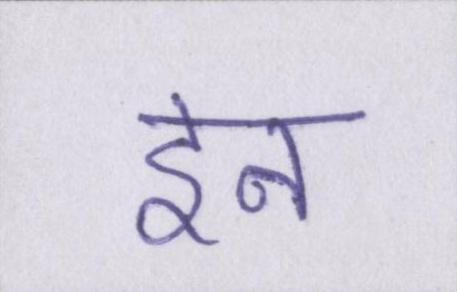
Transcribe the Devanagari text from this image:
इन